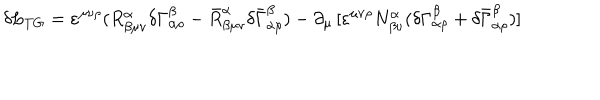
\delta L _ { T G } = \varepsilon ^ { \mu \nu \rho } ( R _ { \beta \mu \nu } ^ { \alpha } \delta \Gamma _ { \alpha \rho } ^ { \beta } - \bar { R } _ { \beta \mu \nu } ^ { \alpha } \delta \bar { \Gamma } _ { \alpha \rho } ^ { \beta } ) - \partial _ { \mu } \, [ \varepsilon ^ { \mu \nu \rho } N _ { \beta \nu } ^ { \alpha } ( \delta \Gamma _ { \alpha \rho } ^ { \beta } + \delta \bar { \Gamma } _ { \alpha \rho } ^ { \beta } ) ]